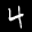
Label: 4